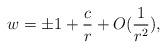
LaTeX: \begin{align*} w=\pm 1+\frac{c}{r}+O(\frac{1}{r^2}),\end{align*}